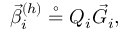
\vec { \beta } _ { i } ^ { ( h ) } \stackrel { \circ } { = } { Q } _ { i } \vec { G } _ { i } ,